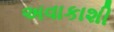
અવાકાશી